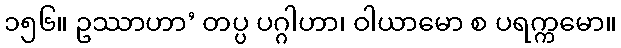
၁၅၆။ ဥဿာဟာ’ တပ္ပ ပဂ္ဂါဟာ၊ ဝါယာမော စ ပရက္ကမော။